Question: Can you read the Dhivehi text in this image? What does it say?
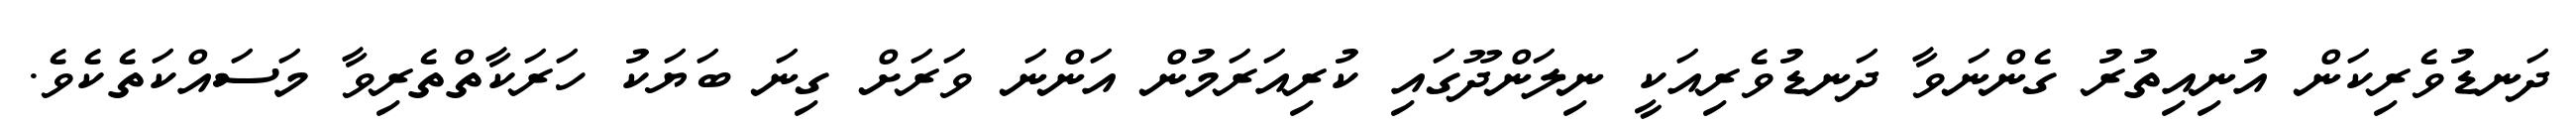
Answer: ދަނޑުވެރިކަން އުނިއިތުރު ގެންނަވާ ދަނޑުވެރިއަކީ ނިލަންދޫގައި ކުރިއަރަމުން އަންނަ ވަރަށް ގިނަ ބަޔަކު ހަރަކާތްތެރިވާ މަސައްކަތެކެވެ.